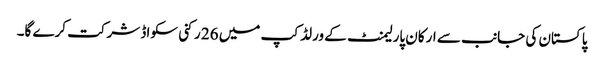
پاکستان کی جانب سے ارکان پارلیمنٹ کے ورلڈ کپ میں 26 رکنی سکواڈ شرکت کرے گا۔